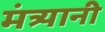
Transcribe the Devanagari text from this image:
मंत्र्यानी